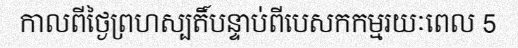
កាលពីថ្ងៃព្រហស្បតិ៍បន្ទាប់ពីបេសកកម្មរយៈពេល 5